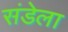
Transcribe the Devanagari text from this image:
संडेला